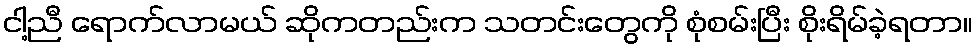
ငါ့ညီ ရောက်လာမယ် ဆိုကတည်းက သတင်းတွေကို စုံစမ်းပြီး စိုးရိမ်ခဲ့ရတာ။